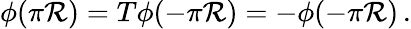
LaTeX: \phi(\pi\mathcal{R})=T\phi(-\pi\mathcal{R})=-\phi(-\pi\mathcal{R})\, .